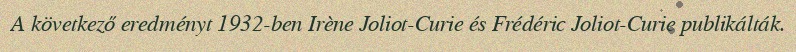
A következő eredményt 1932-ben Irène Joliot-Curie és Frédéric Joliot-Curie publikálták.